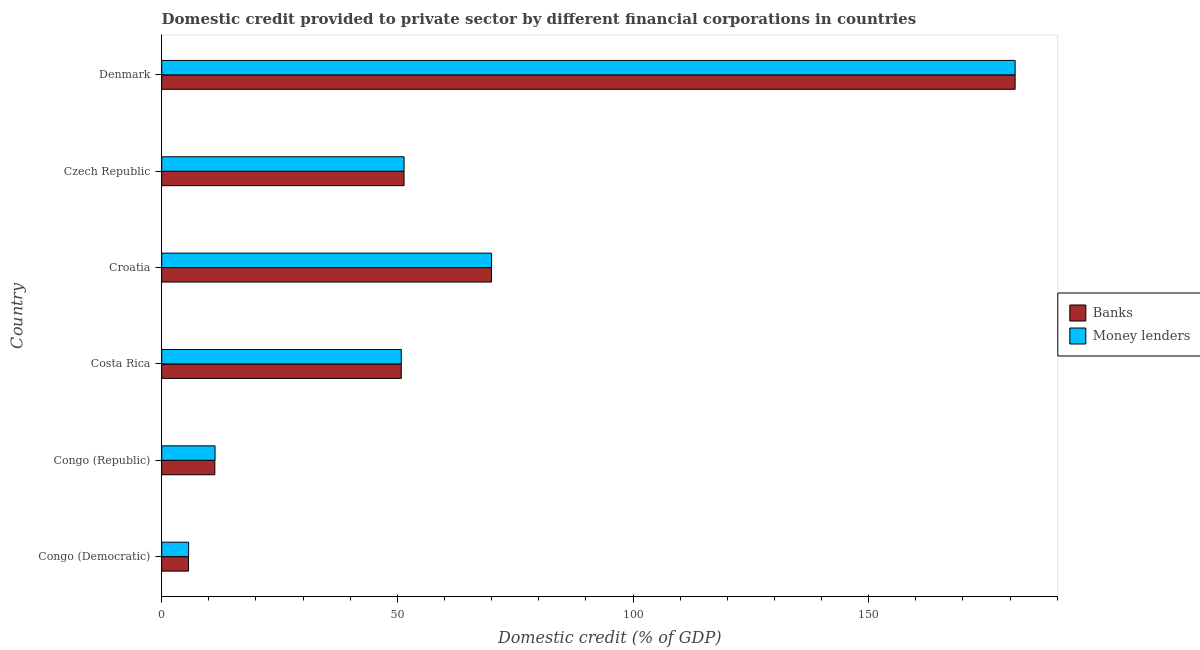
| Country | Banks | Money lenders |
 | --- | --- | --- |
 | Congo (Democratic) | 5.69 | 5.71 |
 | Congo (Republic) | 11.3 | 11.3 |
 | Costa Rica | 50.8 | 50.8 |
 | Croatia | 70 | 70 |
 | Czech Republic | 51.4 | 51.4 |
 | Denmark | 181 | 181 |